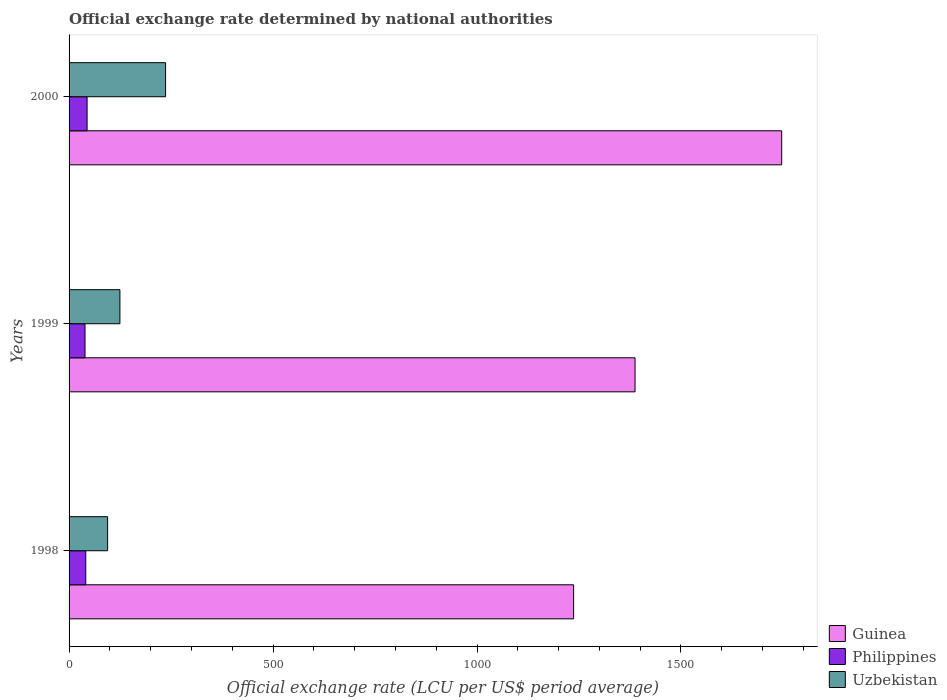
| Years | Guinea | Philippines | Uzbekistan |
 | --- | --- | --- | --- |
 | 1998 | 1.24e+03 | 40.9 | 94.5 |
 | 1999 | 1.39e+03 | 39.1 | 125 |
 | 2000 | 1.75e+03 | 44.2 | 237 |